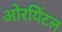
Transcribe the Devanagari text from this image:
ओरयिंटल